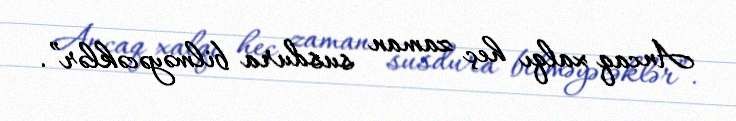
Ancaq xalqı heç zaman susdura bilməyəcəklər”.